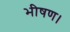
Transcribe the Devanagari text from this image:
भीषण।